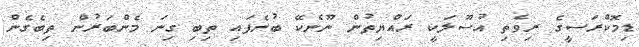
ޑިމޮކްރަސީގެ ރިވެތި އުސޫލަކީ ރައްޔިތުން ނޫނެކޭ ބުނެފައި ތިބި ގިނަ މެންބަރުން ތިބެގެން